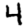
Digit: 4